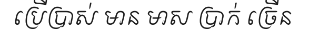
ប្រើប្រាស់ មាន មាស ប្រាក់ ច្រើន